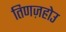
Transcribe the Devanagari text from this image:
तिणज़होउ